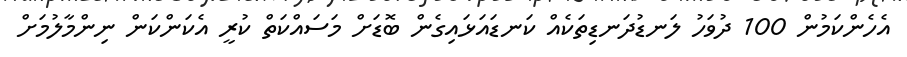
އެހެންކަމުން 100 ދުވަހު ލަނޑުދަނޑިތަކެއް ކަނޑައަޅައިގެން ބޮޑަށް މަސައްކަތް ކުރީ އެކަންކަން ނިންމާލުމަށް